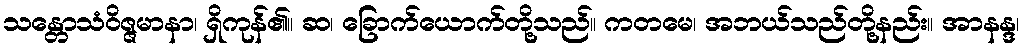
သန္တောသံဝိဇ္ဇမာနာ၊ ရှိကုန်၏။ ဆ၊ ခြောက်ယောက်တို့သည်။ ကတမေ၊ အဘယ်သည်တို့နည်း။ အာနန္ဒ၊